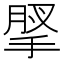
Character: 𢮗